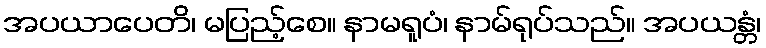
အပယာပေတိ၊ မပြည့်စေ။ နာမရူပံ၊ နာမ်ရုပ်သည်။ အပယန္တံ၊